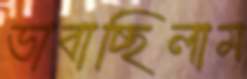
ভাবাচ্ছিলাম